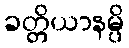
ခတ္တိယာနမ္ပိ